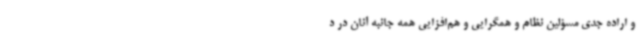
و اراده جدی مسؤلین نظام و همگرایی و هم‌افزایی همه جانبه آنان در د